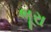
ભૂરા